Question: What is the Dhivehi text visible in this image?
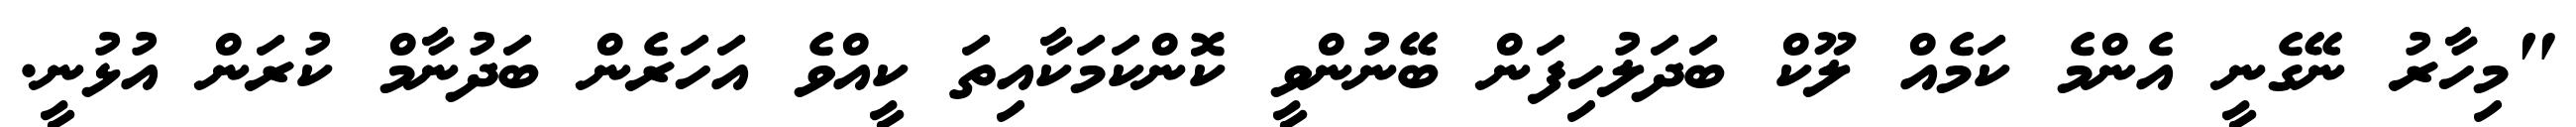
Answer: "މިހާރު ނޭގެނީ އެންމެ ކަމެއް ލޫކް ބަދަލުހިފަން ބޭނުންވީ ކޮންކަމަކާއިތަ ކީއްވެ އަހަރެން ބަދުނާމް ކުރަން އުޅުނީ.